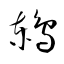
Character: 鶇